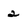
Character: 2